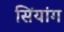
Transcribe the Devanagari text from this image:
सिंयांग